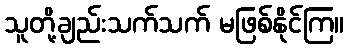
သူတို့ချည်းသက်သက် မဖြစ်နိုင်ကြ။